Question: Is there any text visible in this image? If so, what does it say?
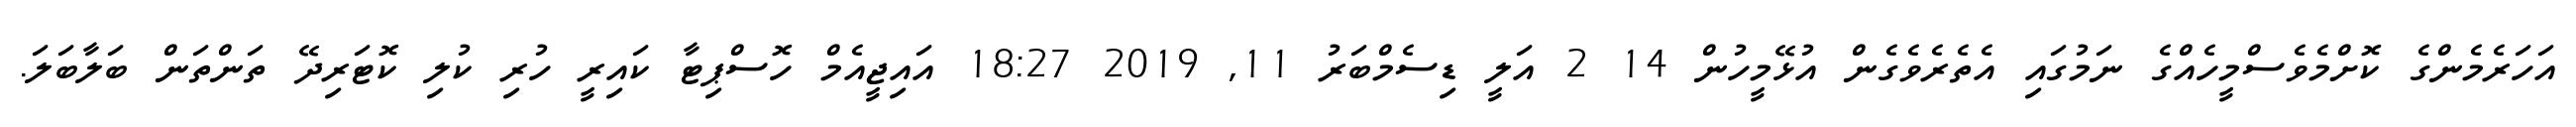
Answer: އަހަރެމެންގެ ކޮށްމެވެސްމީހެއްގެ ނަމުގައި އެތެރެވެގެން އުޅޭމީހުން 14 2 އަލީ ޑިސެމްބަރު 11, 2019 18:27 އައިޖީއެމް ހޮސްޕިޓާ ކައިރީ ހުރި ކުލި ކޮޓަރިދޭ ތަންތަން ބަލާބަލަ.